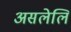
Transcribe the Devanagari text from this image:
असलेलि